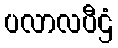
ပလာလပီဌံ